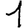
Digit: 1